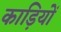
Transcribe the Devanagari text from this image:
काड़ियों